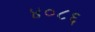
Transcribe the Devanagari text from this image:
४०८६